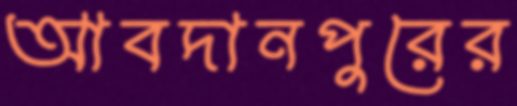
আবদানপুরের